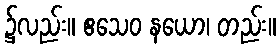
၌လည်း။ ဧသေဝ နယော၊ တည်း။